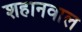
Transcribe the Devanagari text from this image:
शहानवाल